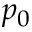
p _ { 0 }